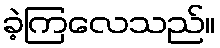
ခဲ့ကြလေသည်။